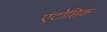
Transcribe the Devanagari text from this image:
एंटोप्तिक